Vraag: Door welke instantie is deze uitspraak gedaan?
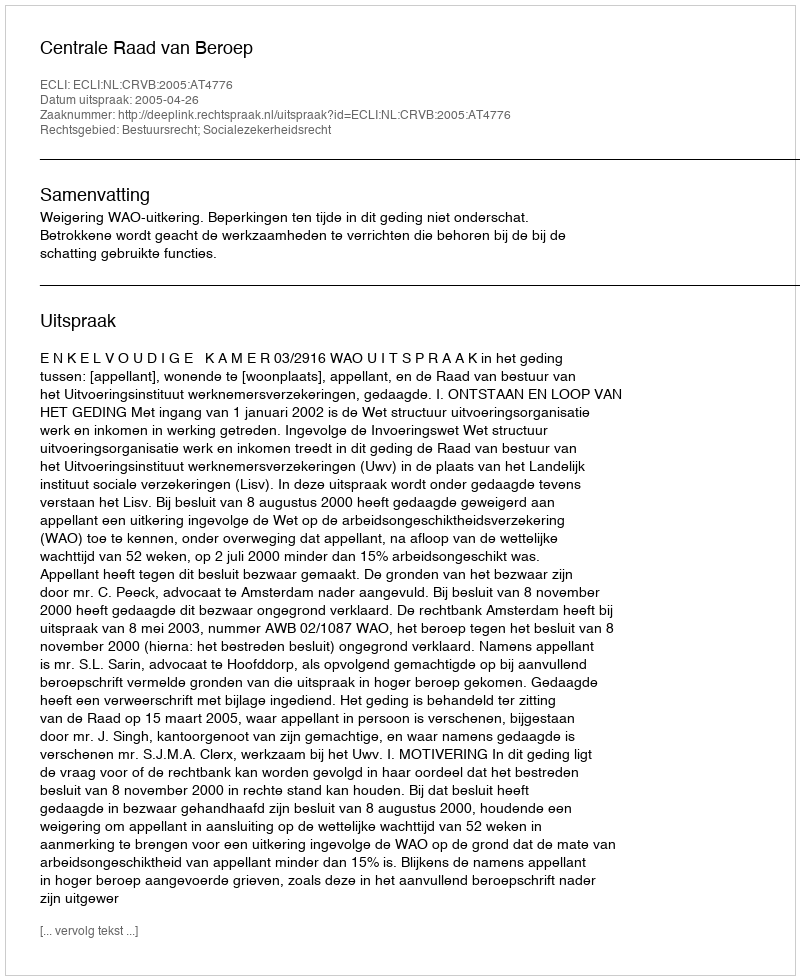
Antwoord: Centrale Raad van Beroep